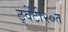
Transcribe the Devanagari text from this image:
ट्वेंटी२०त